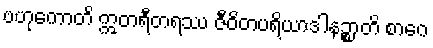
ဗဟုကောတိ ဣတရီတရဿ ဇီဝိတပရိယာဒါနဉ္စာတိ စာဂေ